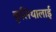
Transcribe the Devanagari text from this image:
कुलिथालाई